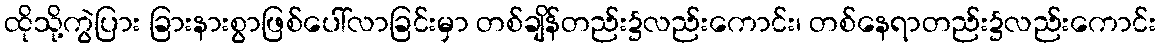
ထိုသို့ကွဲပြား ခြားနားစွာဖြစ်ပေါ်လာခြင်းမှာ တစ်ချိန်တည်း၌လည်းကောင်း၊ တစ်နေရာတည်း၌လည်းကောင်း